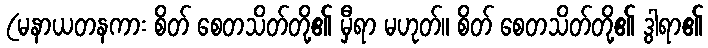
(မနာယတနကား စိတ် စေတသိတ်တို့၏ မှီရာ မဟုတ်။ စိတ် စေတသိတ်တို့၏ ဒွါရာ၏